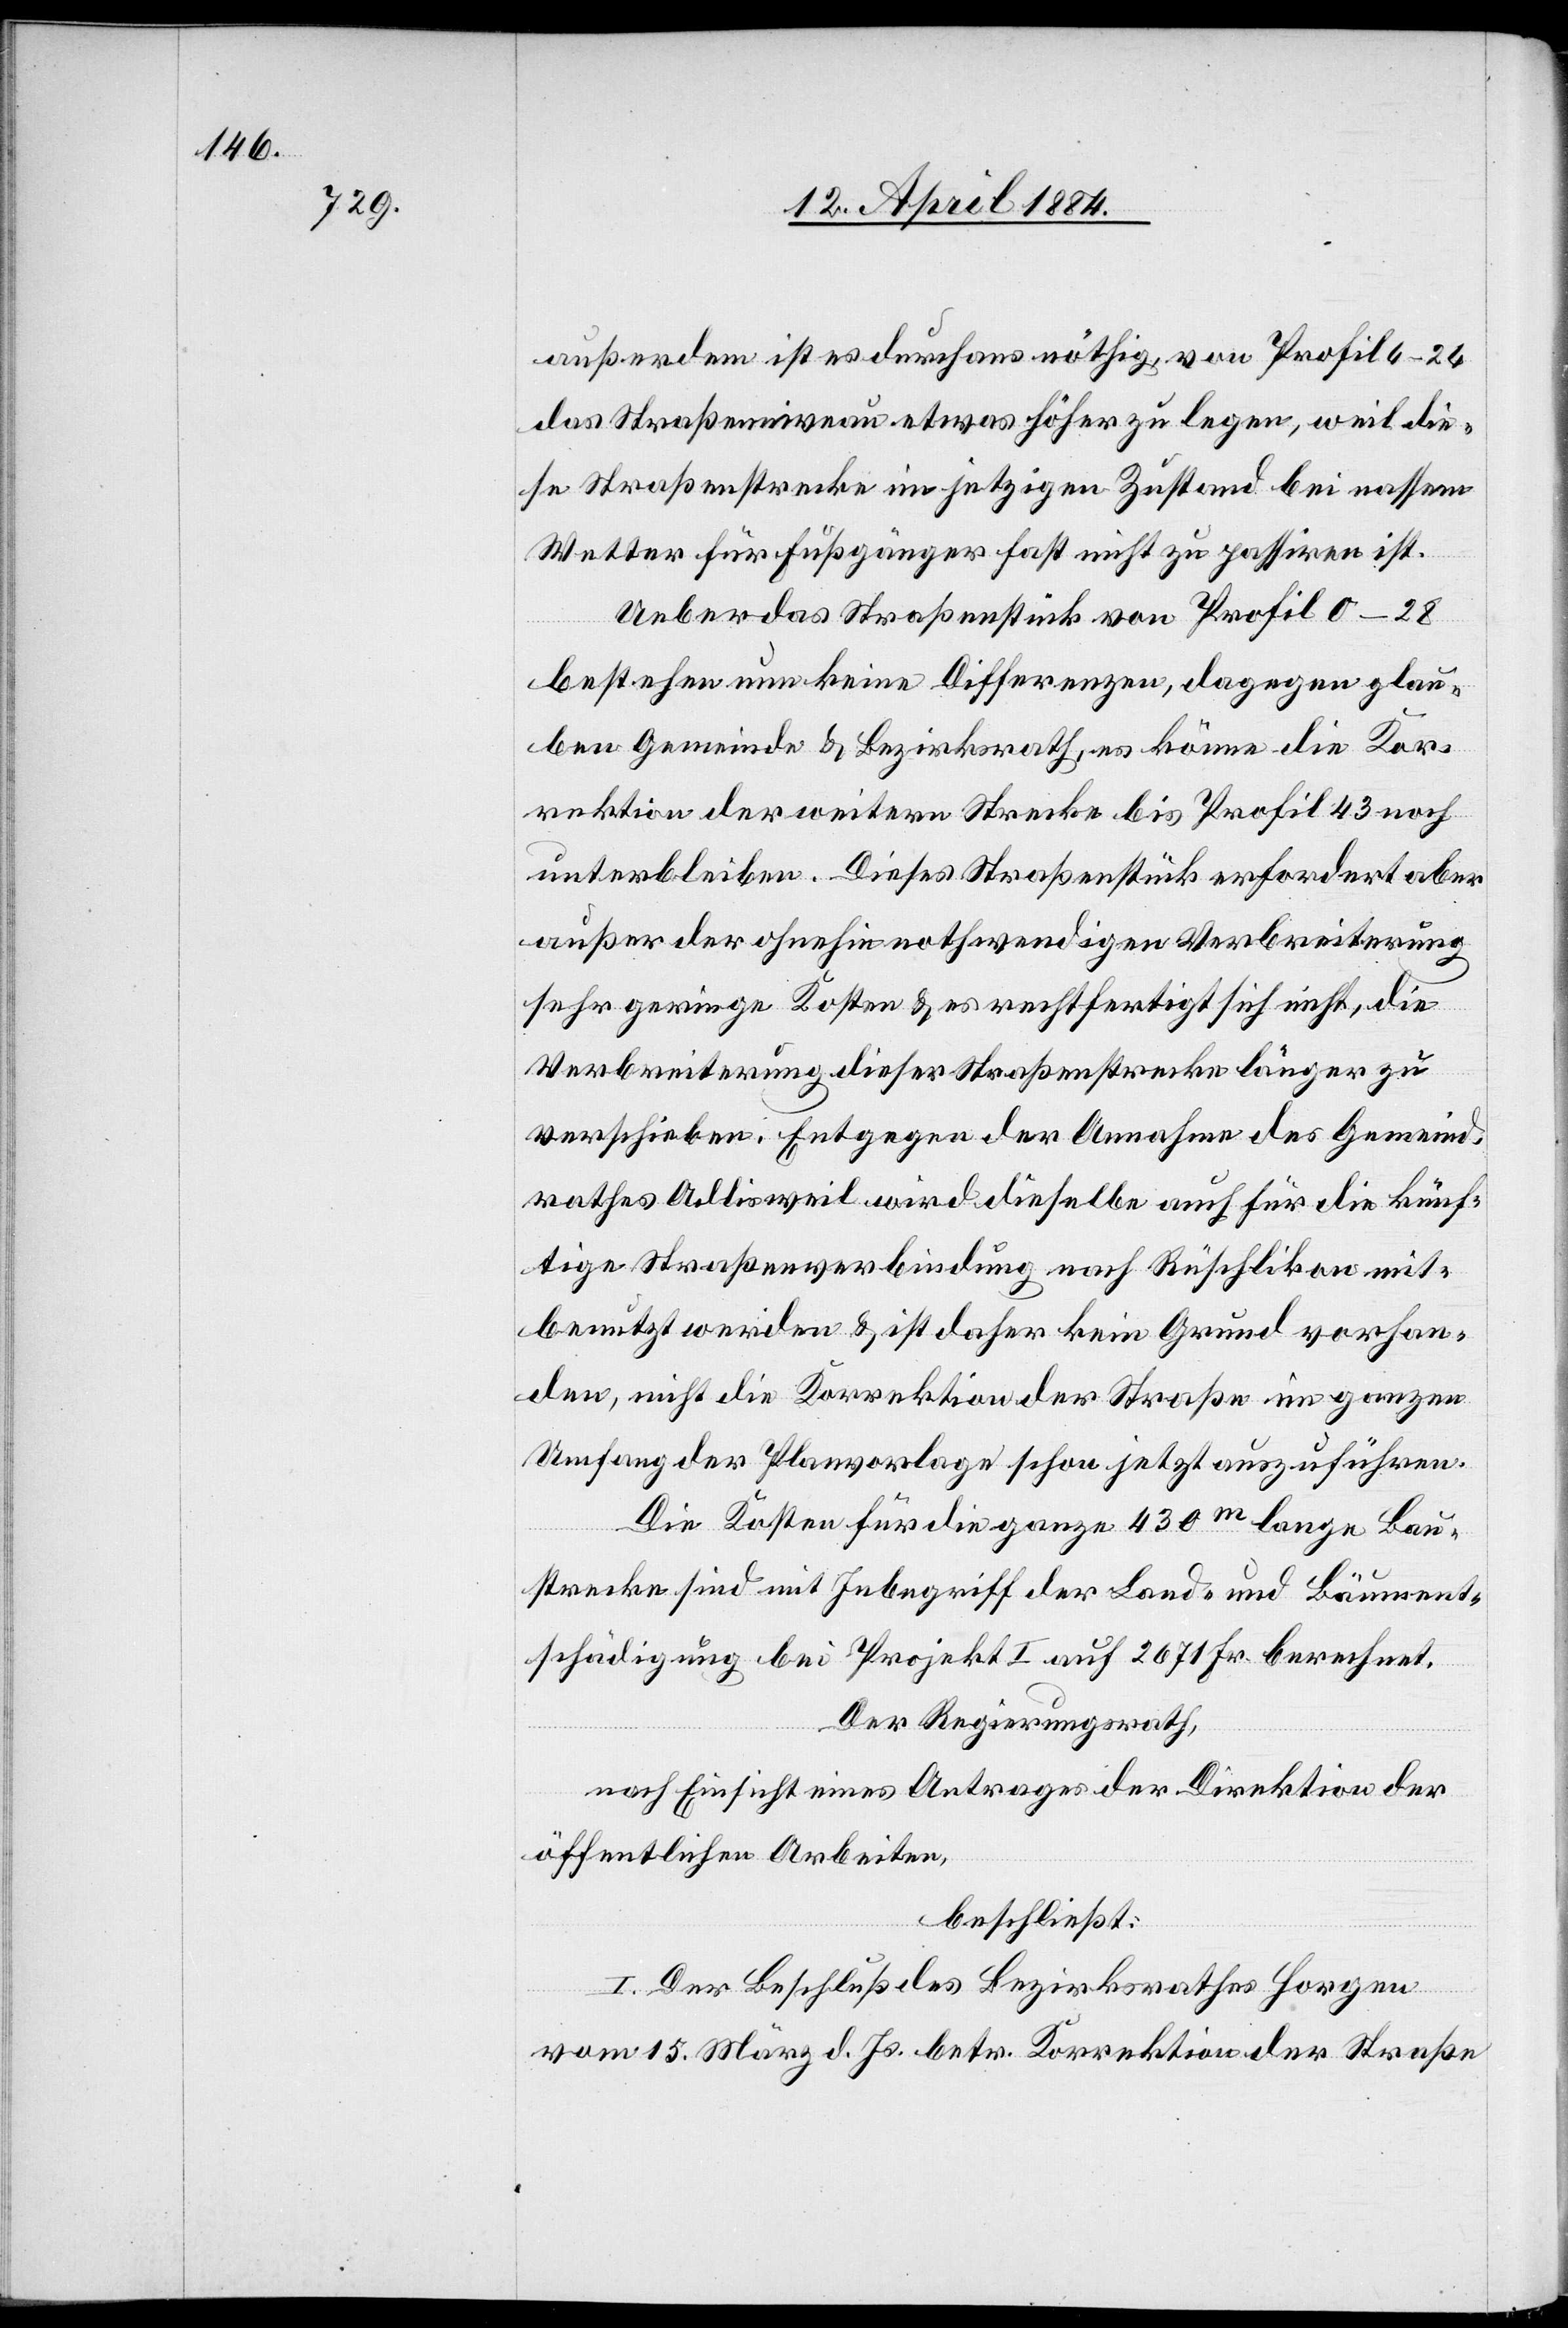
außerdem ist es durchaus nöthig von Profil 6–24
das Straßenniveau etwas höher zu legen, weil die¬
se Straßenstrecke im jetzigen Zustand bei nassem
Wetter für Fußgänger fast nicht zu passiren ist.
Ueber das Straßenstück von Profil 0–28
bestehen nun keine Differenzen, dagegen glau¬
ben Gemeinde & Bezirksrath, es könne die Kor¬
rektion der weitern Strecke bis Profil 43 noch
unterbleiben. Dieses Straßenstück erfordert aber
außer der ohnehin nothwendigen Verbreiterung
sehr geringe Kosten & es rechtfertigt sich nicht, die
Verbreiterung dieser Straßenstrecke länger zu
verschieben. Entgegen der Annahme des Gemeind¬
rathes Adlisweil wird dieselbe auch für die künf¬
tige Straßenverbindung nach Rüschlikon mit¬
benutzt werden & ist daher kein Grund vorhan¬
den, nicht die Korrektion der Straße im ganzen
Umfang der Planvorlage schon jetzt auszuführen.
Die Kosten für die ganze 430m lange Bau¬
strecke sind mit Inbegriff der Land- und Bäument¬
schädigung bei Projekt I auf 2671 Fr. berechnet.
Der Regierungsrath,
nach Einsicht eines Antrages der Direktion der
öffentlichen Arbeiten,
beschließt:
I. Der Beschluß des Bezirkrathes Horgen
vom 15. März d. Js. betr. Korrektion der Straße